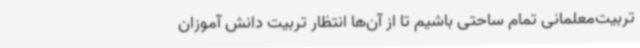
تربیت‌معلمانی تمام ساحتی باشیم تا از آن‌ها انتظار تربیت دانش آموزان